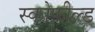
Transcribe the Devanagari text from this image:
स्कोफ़ील्ड